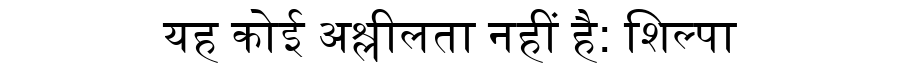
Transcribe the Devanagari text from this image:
यह कोई अश्लीलता नहीं है: शिल्पा